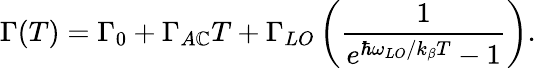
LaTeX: \Gamma(T)=\Gamma_{0}+\Gamma_{A\mathbb{C}}T+\Gamma_{LO}\left(\frac{{1}}{{e^{\hbar\omega_{LO}/k_{\beta}T}-1}}\right).